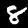
Digit: 8